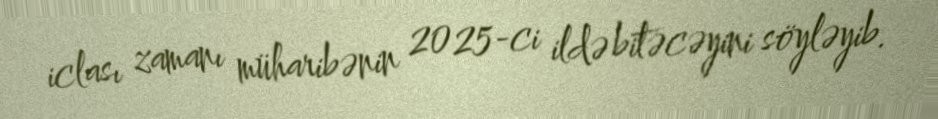
iclası zamanı müharibənin 2025-ci ildə bitəcəyini söyləyib.